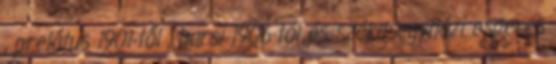
, prelátus 1901-től , barsi 1906-tól és székesegyházi esperes